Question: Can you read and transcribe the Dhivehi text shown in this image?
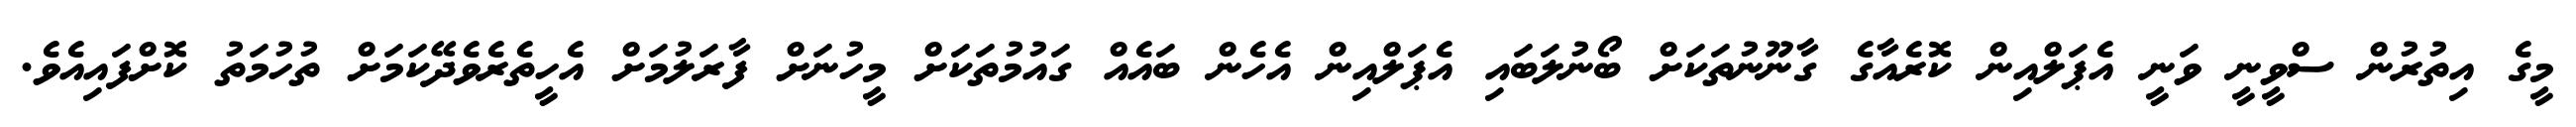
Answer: މީގެ އިތުރުން ސްވީނީ ވަނީ އެޕަލްއިން ކޮރެއާގެ ގާނޫނުތަކަށް ބޯނުލަބައި އެޕަލްއިން އެހެން ބައެއް ގައުމުތަކަށް މީހުނަށް ފާރަލުމަށް އެހީތެރެވެދޭކަމަށް ތުހުމަތު ކޮށްފައިއެވެ.